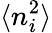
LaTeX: \langle n_{i}^{2}\rangle